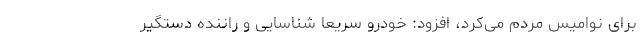
برای نوامیس مردم می‌کرد، افزود: خودرو سریعا شناسایی و راننده دستگیر